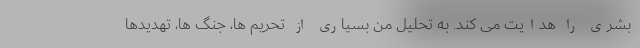
بشری را هدایت می کند. به تحلیل من بسیاری از تحریم ها، جنگ ها، تهدیدها